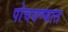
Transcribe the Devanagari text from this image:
पोचवण्यात